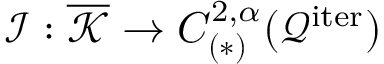
\mathcal { I } : \overline { { \mathcal { K } } } \rightarrow C _ { ( * ) } ^ { 2 , \alpha } ( \mathcal { Q } ^ { \mathrm { i t e r } } )